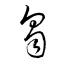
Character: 芻